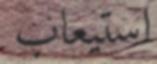
استيعاب